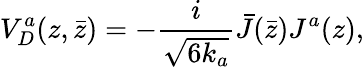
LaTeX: V_{D}^{a}(z,\bar{z})=-{\frac{i}{\sqrt{6k_{a}}}}\bar{J}(\bar{z})J^{a}(z),